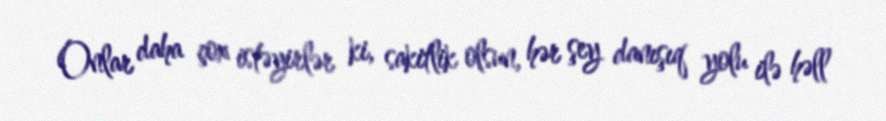
Onlar daha çox istəyirlər ki, sakitlik olsun, hər şey danışıq yolu ilə həll